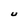
Character: U